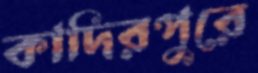
কাদিরপুরে